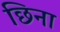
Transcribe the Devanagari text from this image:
छिना